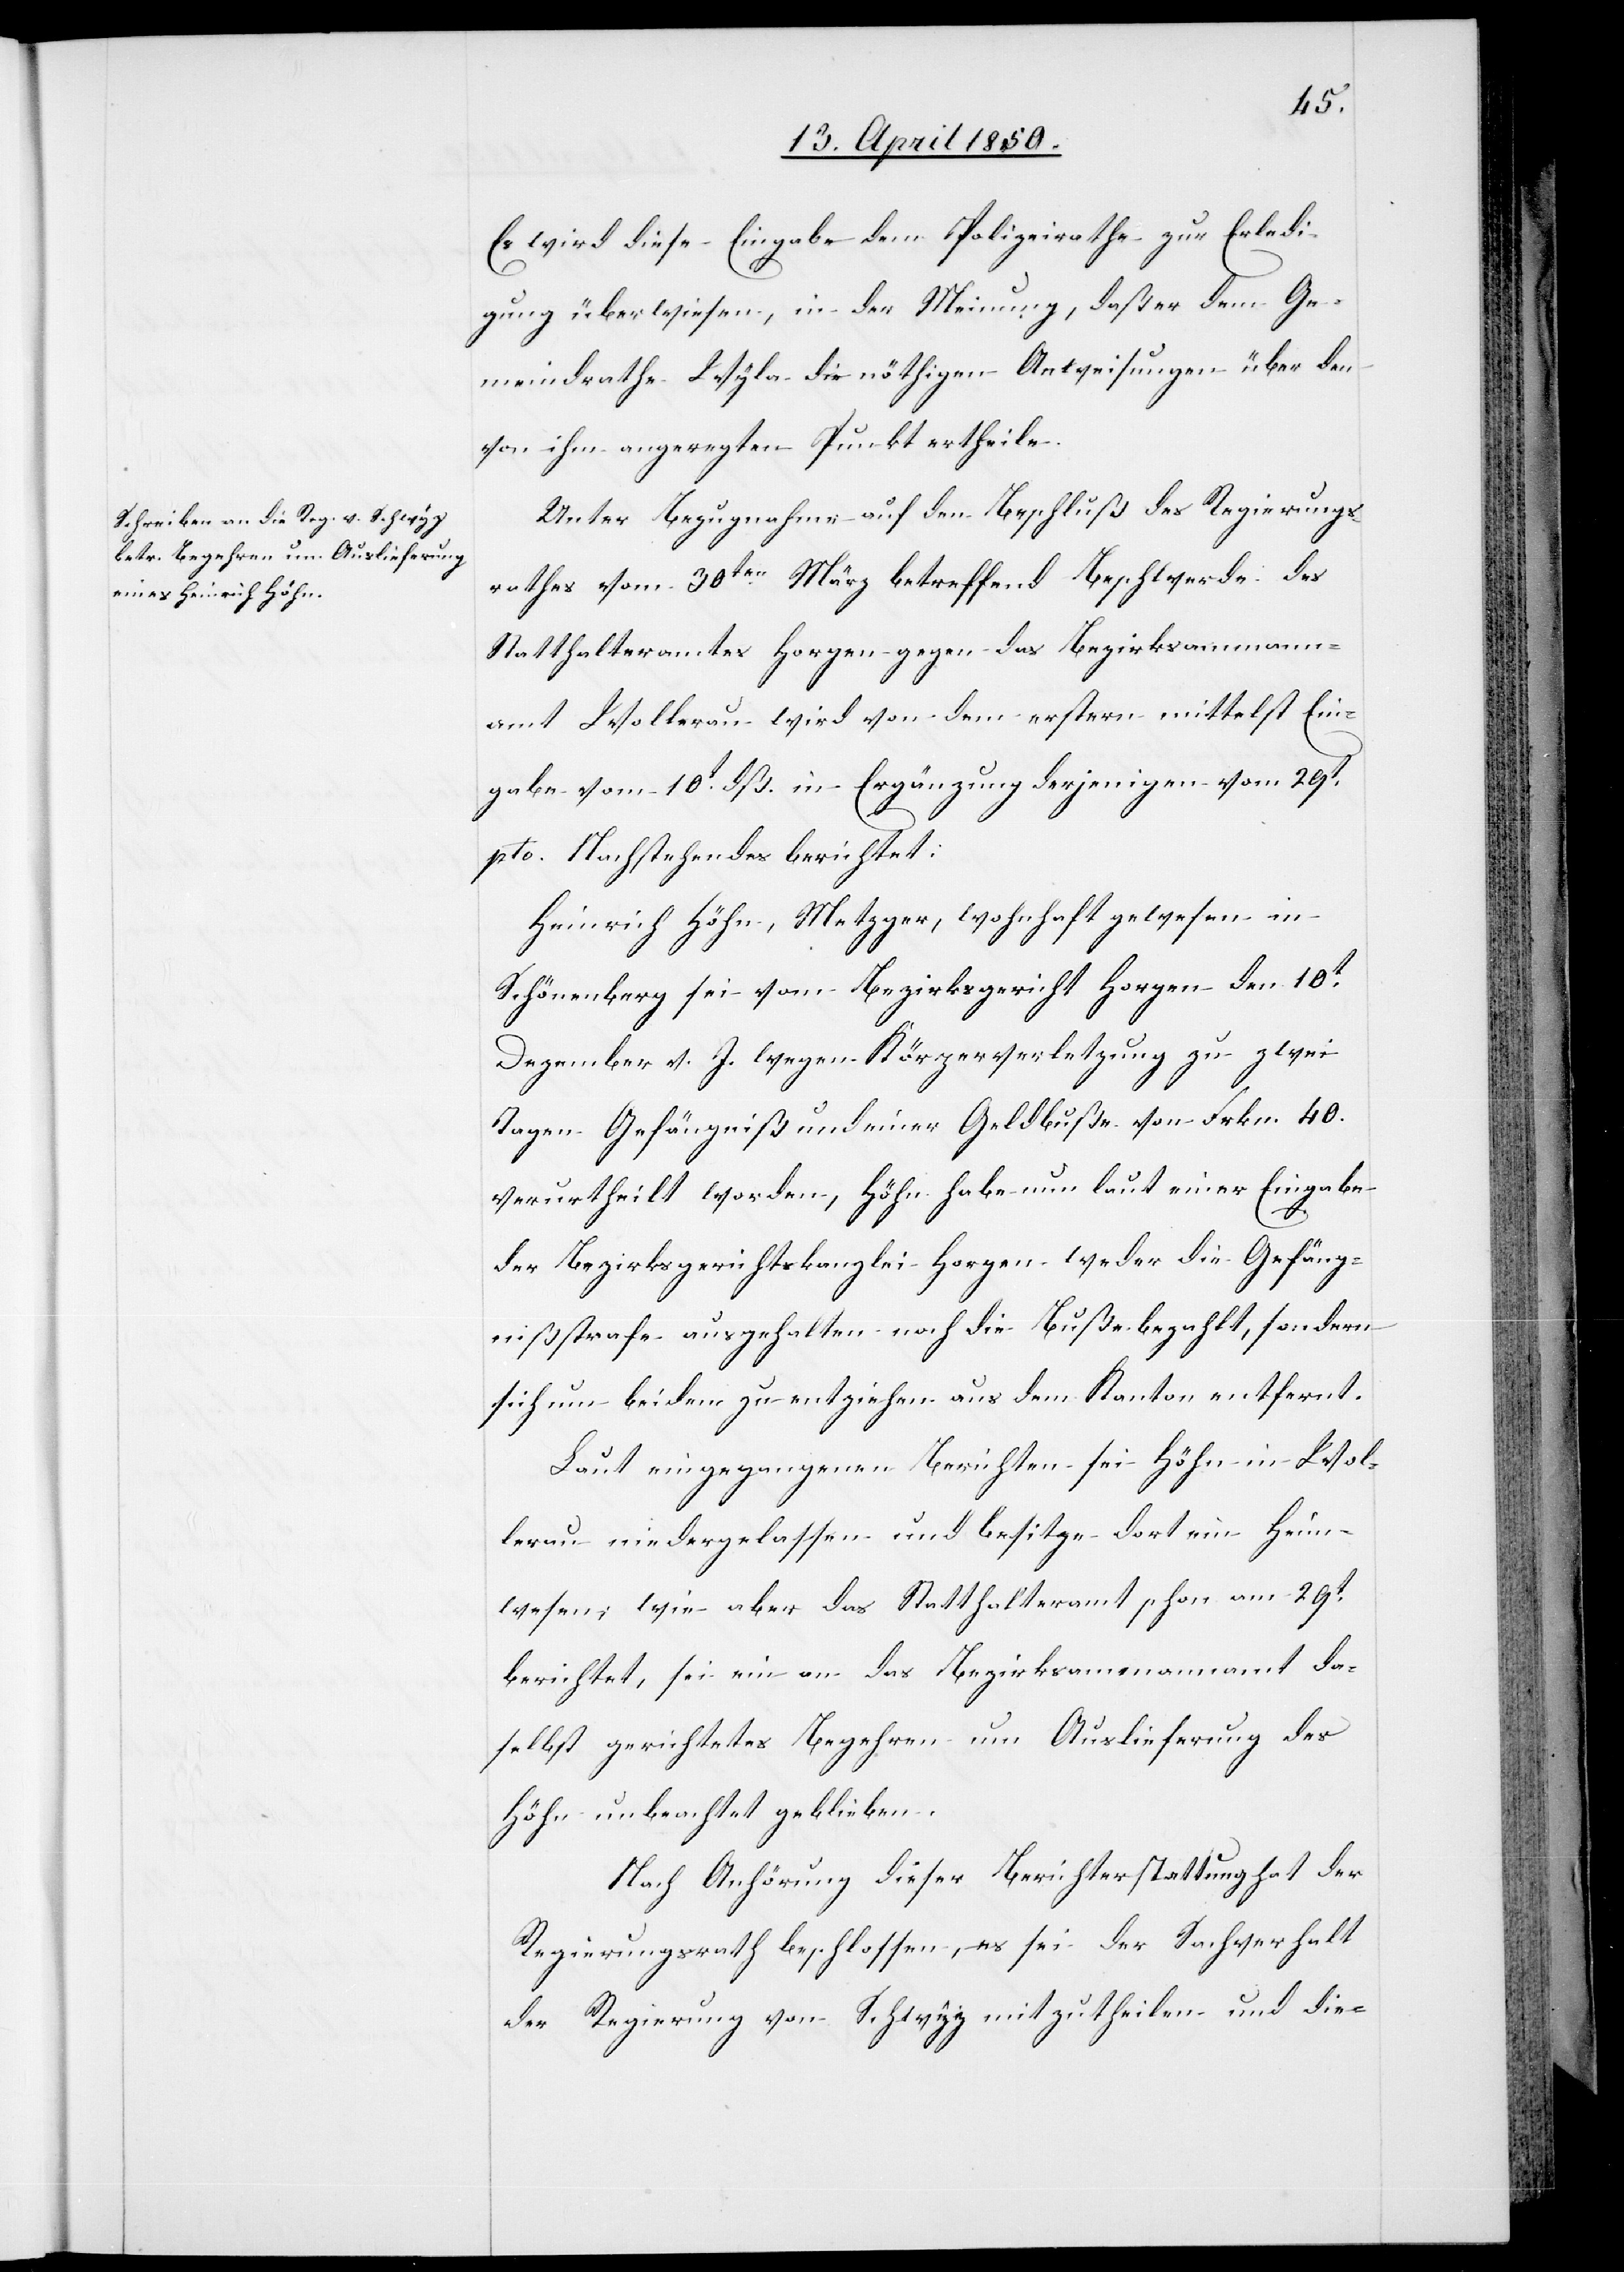
Es wird diese Eingabe dem Polizeirathe zur Erledi¬
gung überwiesen, in der Meinung, daß er dem Ge¬
meindrathe Wyla die nöthigen Anweisungen über den
von ihm angeregten Punkt ertheile.
Unter Bezugnahme auf den Beschluß des Regierungs¬
rathes vom 30ten März betreffend Beschwerde des
Statthalteramtes Horgen gegen das Bezirksammann¬
amt Wollerau wird von dem erstern mittelst Ein¬
gabe vom 10t dß. in Ergänzung derjenigen vom 29t
pto Nachstehendes berichtet:
Heinrich Höhn, Metzger, wohnhaft gewesen in
Schönenberg sei vom Bezirksgericht Horgen den 10t
Dezember v. J. wegen Körperverletzung zu zwei
Tagen Gefängniß und einer Geldbuße von Frkn. 40
verurtheilt worden, Höhn habe nun laut einer Eingabe
der Bezirksgerichtskanzlei Horgen weder die Gefäng¬
nißstrafe ausgehalten noch die Buße bezahlt, sondern
sich um beidem zu entziehen aus dem Kanton entfernt.
Laut eingegangenen Berichten sei Höhn in Wol¬
lerau niedergelassen und besitze dort ein Heim¬
wesen; wie aber das Statthalteramt schon am 29t
berichtet, sei ein an das Bezirksammannamt da¬
selbst gerichtetes Begehren um Auslieferung des
Höhn unbeachtet geblieben.
Nach Anhörung dieser Berichterstattung hat der
Regierungsrath beschlossen, es sei der Sachverhalt
der Regierung von Schwyz mitzutheilen und die-